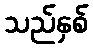
သည်နှစ်